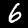
Digit: 6